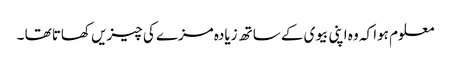
معلوم ہوا کہ وہ اپنی بیوی کے ساتھ زیادہ مزے کی چیزیں کھاتا تھا ۔